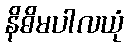
နိဓိမပါလယုံ